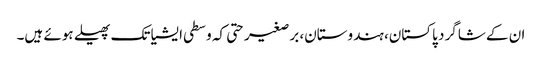
ان کے شاگرد پاکستان، ہندوستان، برصغیر حتی کہ وسطی ایشیا تک پھیلے ہوئے ہیں۔